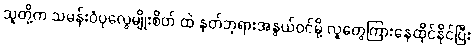
သူတို့က သမန်းဝံပုလွေမျိုးစိတ် ထဲ နတ်ဘုရားအနွယ်ဝင်မို့ လူတွေကြားနေထိုင်နိုင်ပြီး